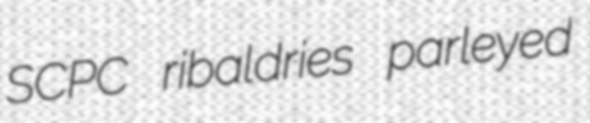
SCPC ribaldries parleyed